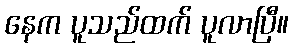
နေက ပူသည်ထက် ပူလာပြီ။